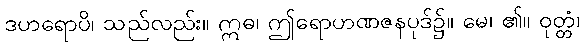
ဒဟရောပိ၊ သည်လည်း။ ဣဓ၊ ဤရောဟဏဇနပုဒ်၌။ မေ၊ ၏။ ဝုတ္တံ၊